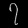
Digit: ၇